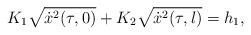
LaTeX: \begin{align*}K_1\sqrt{\dot x^2(\tau,0)}+K_2\sqrt{\dot x^2(\tau,l)}=h_1,\end{align*}